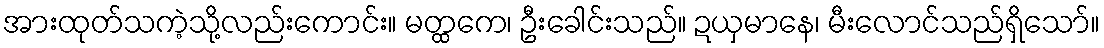
အားထုတ်သကဲ့သို့လည်းကောင်း။ မတ္ထကေ၊ ဦးခေါင်းသည်။ ဍယှမာနေ၊ မီးလောင်သည်ရှိသော်။